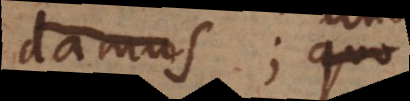
damus; quo